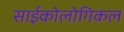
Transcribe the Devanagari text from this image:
साईकोलोगिकल